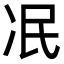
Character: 冺